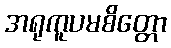
အရုကူပမစိတ္တော